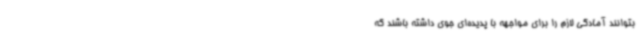
بتوانند آمادگی لازم را برای مواجهه با پدیده‌ای جوی داشته باشند که